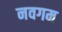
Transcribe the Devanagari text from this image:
नवगम